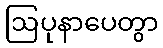
ဩပုနာပေတွာ